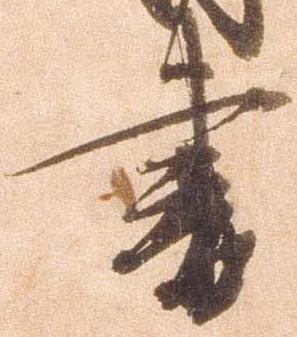
書